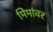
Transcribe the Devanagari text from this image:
मिमांवर